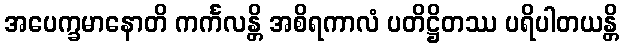
အပေက္ခမာနောတိ ကင်္ကလန္တိ အစိရကာလံ ပတိဋ္ဌိတဿ ပရိပါတယန္တိ